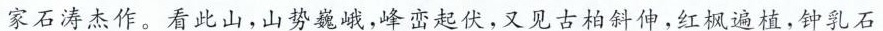
家石涛杰作。看此山，山势巍峨，峰峦起伏，又见古柏斜伸，红枫遍植，钟乳石